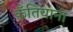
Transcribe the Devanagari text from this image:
कँतियाना